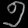
Digit: ၅